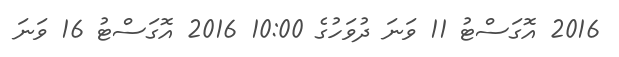
2016 އޮގަސްޓު 11 ވަނަ ދުވަހުގެ 10:00 2016 އޮގަސްޓު 16 ވަނަ